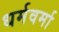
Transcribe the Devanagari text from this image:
धर्मवर्मा